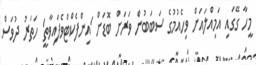
މީހާ ގޭގައި އަމިއްލައަށް ވިހެއުމުގެ ސަބަބުން ވަރަށް ބޮޑަށް 'އިންފެކްޓްވެފައިވާތީ' ހަތަރު ދުވަސް